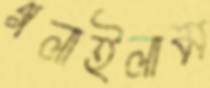
গলাইলাম